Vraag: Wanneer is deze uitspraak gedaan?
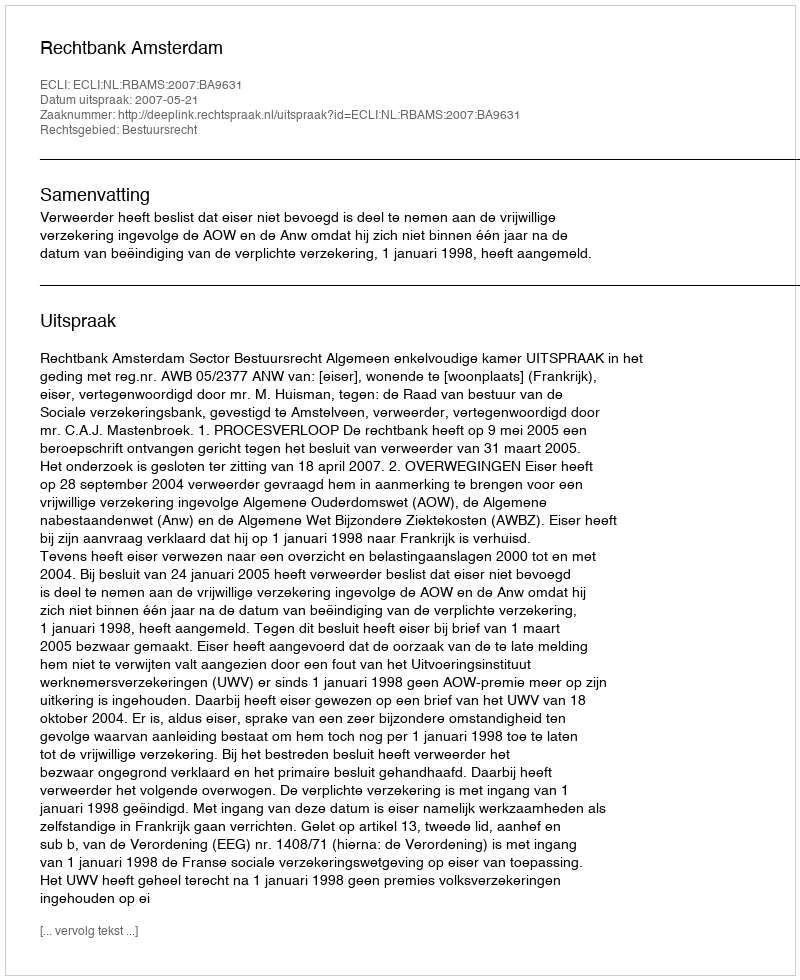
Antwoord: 2007-05-21